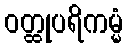
ဝတ္ထုပရိကမ္မံ